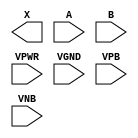
module sky130_fd_sc_hdll__or2 (
    X   ,
    A   ,
    B   ,
    VPWR,
    VGND,
    VPB ,
    VNB
);

    output X   ;
    input  A   ;
    input  B   ;
    input  VPWR;
    input  VGND;
    input  VPB ;
    input  VNB ;
endmodule